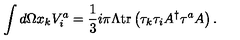
\int d \Omega x _ { k } V _ { i } ^ { a } = \frac { 1 } { 3 } i \pi \Lambda \mathrm { t r } \left( \tau _ { k } \tau _ { i } A ^ { \dag } \tau ^ { a } A \right) .